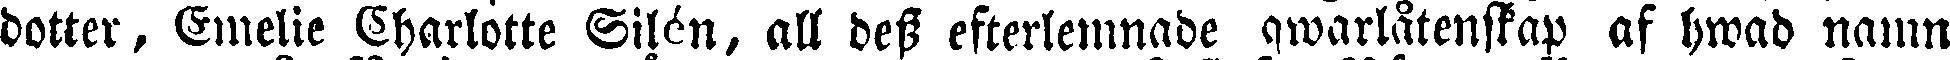
dotter, Emelie Charlotte Silén, all dess efterlemnade qwarlåtenskap af hwad namn